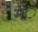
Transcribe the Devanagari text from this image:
मेंे